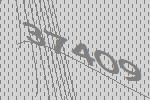
37409